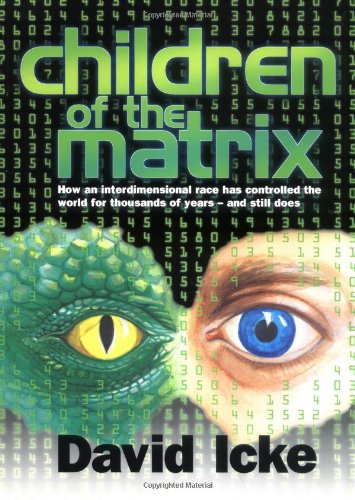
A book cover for Children of the Matrix: How an Interdimensional Race has Controlled the World for Thousands of Years-and Still Does; David Icke; Religion & Spirituality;